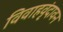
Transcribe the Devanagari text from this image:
विवाहवृंदावन